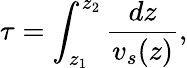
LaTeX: \tau=\int_{z_{1}}^{z_{2}}\frac{dz}{v_{s}(z)},